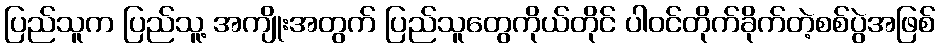
ပြည်သူက ပြည်သူ့ အကျိုးအတွက် ပြည်သူတွေကိုယ်တိုင် ပါဝင်တိုက်ခိုက်တဲ့စစ်ပွဲအဖြစ်